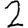
Digit: 2